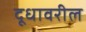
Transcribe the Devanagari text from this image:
दूधावरील